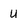
Character: U